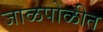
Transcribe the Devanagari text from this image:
जाळपोळीत